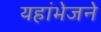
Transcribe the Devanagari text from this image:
यहांभेजने